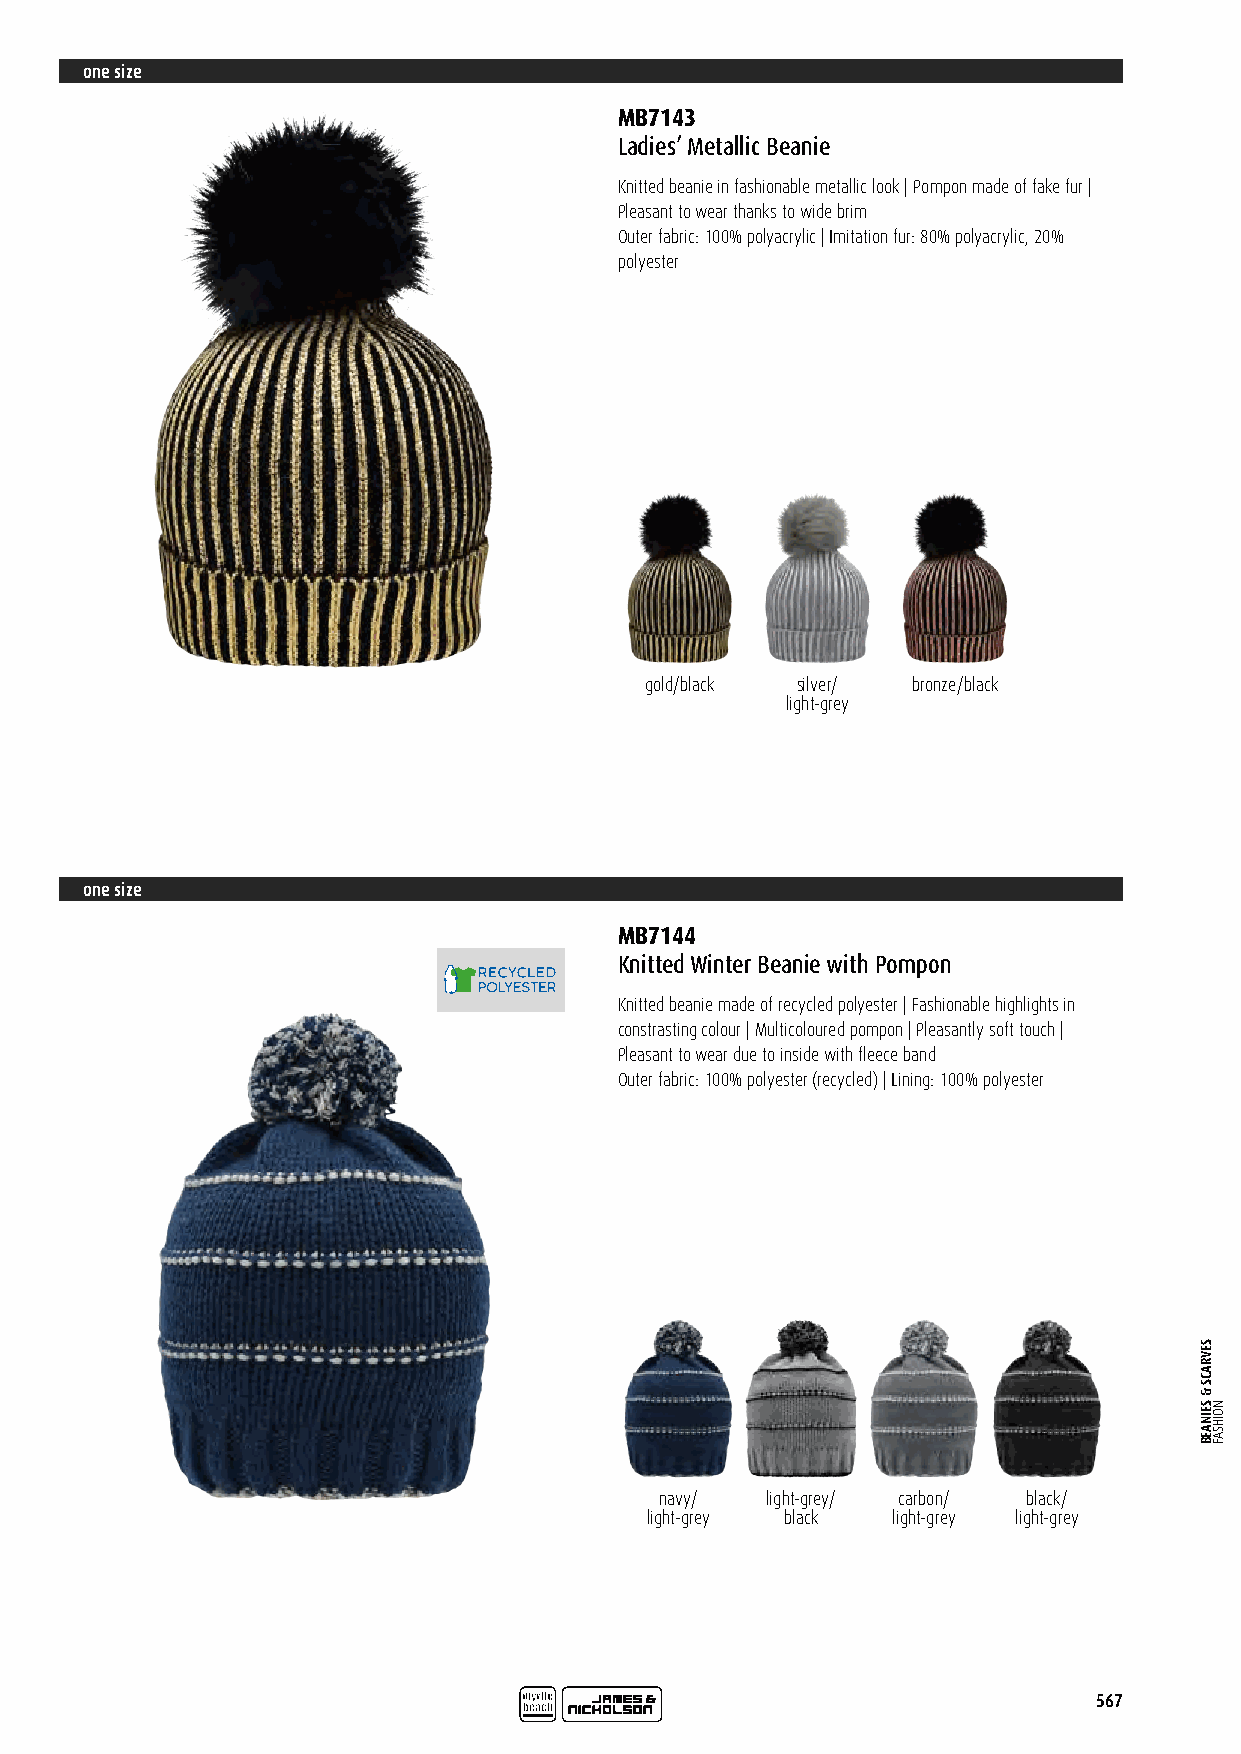
one size
 MB7143
 Ladies’ Metallic Beanie
 Knitted beanie in fashionable metallic look | Pompon made of fake fur |
 Pleasant to wear thanks to wide brim
 Outer fabric: 100% polyacrylic | Imitation fur: 80% polyacrylic, 20%
 polyester
 gold/black silver/ bronze/black
 light-grey
 one size
 MB7144
 Knitted Winter Beanie with Pompon
 Knitted beanie made of recycled polyester | Fashionable highlights in
 constrasting colour | Multicoloured pompon | Pleasantly soft touch |
 Pleasant to wear due to inside with fleece band
 Outer fabric: 100% polyester (recycled) | Lining: 100% polyester
 navy/  light-grey/ carbon/ black/
 light-grey black light-grey light-grey
 567
 SEVRACS
 &
 SEINAEB NOIHSAF